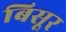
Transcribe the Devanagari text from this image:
बिसूर